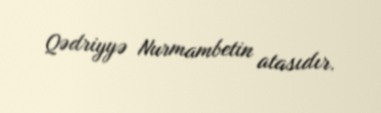
Qədriyyə Nurmambetin atasıdır.